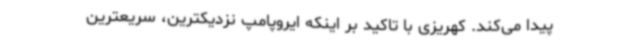
پیدا می‌کند. کهریزی با تاکید بر اینکه ایروپامپ نزدیکترین، سریعترین